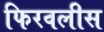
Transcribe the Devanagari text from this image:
फिरवलीस